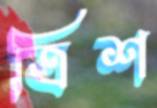
ত্রিশ